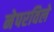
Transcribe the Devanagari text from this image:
नेपरविले